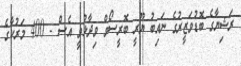
ރަޝިޔާގެ ބޮޑުވަޒީރުގެ ނައިބު ޔޫރީ ބޮރީސޯވް ވިދާޅުވީ އެސް - 400 މަރުކާގެ